system: You are a helpful assistant.
user:
Analyze the provided spectrum to determine if it is a **M-type Giant (gM)**.

A M-type Giant spectrum is defined by its **strong molecular absorption** features, particularly from **Titanium Oxide (TiO)**. You must check for one of the following mutually exclusive signatures:

- **Key Visual Indicators (Absorption-Dominated Spectrum):**

    - **(Primary):** The spectrum is dominated by strong molecular absorption from **Titanium Oxide (TiO)**. This is the **defining feature** of its M-type temperature class.
        - **(Key Bandheads):** Look for sharp, "saw-tooth" absorption valleys. The strongest are located near **~7050 Å**, **~6160 Å**, and **~5170 Å**.
        - **(Line Profile):** The "saw-tooth" morphology is critical: a **sharp, steep drop on the BLUE (short-wavelength) side** of the bandhead, followed by a gradual recovery (rising flux) towards the RED (long-wavelength) side.

    - **(Key Confirmation - Giant vs. Dwarf):** **ABSENCE** of strong **Calcium Hydride (CaH)** molecular bands. This is the primary diagnostic for *excluding* M-dwarfs.
        - **(Key Region):** The spectrum should lack the strong, broad absorption band seen in dwarfs between **~6800 Å and ~7000 Å**.

    - **(Secondary Confirmation - Giant):** A very strong and broad **Neutral Calcium (Ca I)** atomic absorption line.
        - **(Key Line):** Located at **~4226 Å**. In a giant (gM), this line is significantly deeper and broader than the same line in an M-dwarf (dM) due to low surface gravity.

    - **(Overall Spectrum):**
        - The continuum is **extremely red-sloping** (i.e., flux is very low in the blue and rises dramatically towards the red).
        - The entire spectrum appears "chopped up" by the deep TiO bands.

Think first, call **spectral_visualization_tool** if needed to examine features in detail, then provide your final answer. Your response must adhere to the following strict rules:
1.  **Overall Structure:** Your response must follow the format `<think>...</think> <tool_call>...</tool_call> (if a tool is used) <answer>...</answer>`.
2.  **Tool Usage Constraint:** You may only make **one** tool call per turn.
3.  **Final Answer Format:** In the `<answer>` tag, your conclusion must be inside a `\boxed{}` command (e.g., `\boxed{YES}` or `\boxed{NO}`), followed by your justification.

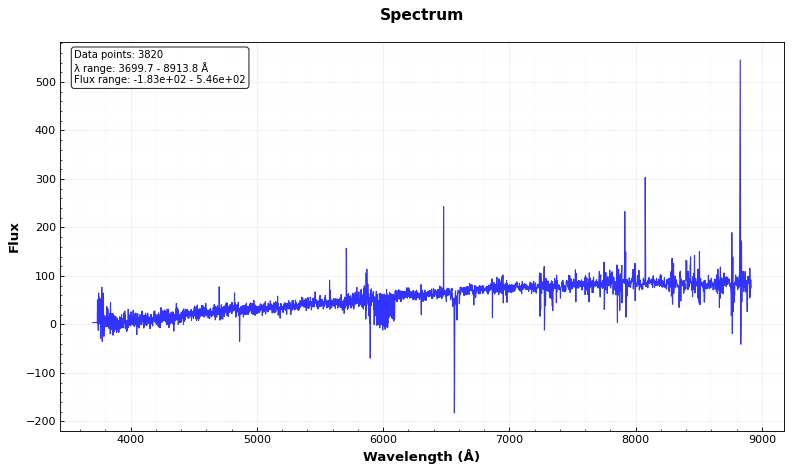
Answer: NO